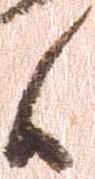
候